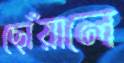
ছোঁয়ালে